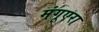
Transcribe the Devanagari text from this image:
मंगूएरा